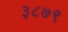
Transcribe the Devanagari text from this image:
३८७९